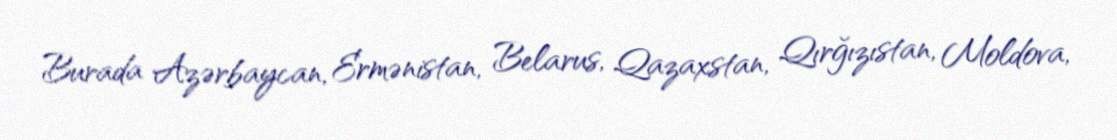
Burada Azərbaycan, Ermənistan, Belarus, Qazaxstan, Qırğızıstan, Moldova,